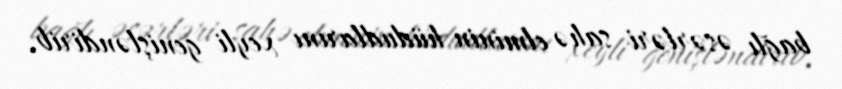
bağlı əsərləri sahə elminin hüdudlarını xeyli genişləndirib.